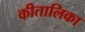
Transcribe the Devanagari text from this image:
कीतालिका